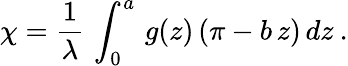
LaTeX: \chi=\frac{1}{\lambda}\, \int_{0}^{a}\, g(z)\, (\pi-b\, z)\, dz\: .